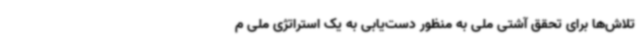
تلاش‌ها برای تحقق آشتی ملی به منظور دست‌یابی به یک استراتژی ملی م